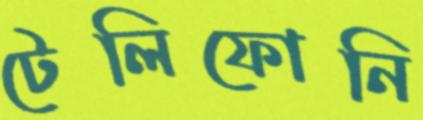
টেলিফোনি